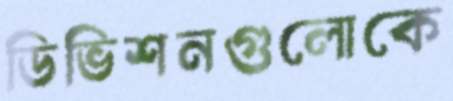
ডিভিশনগুলোকে